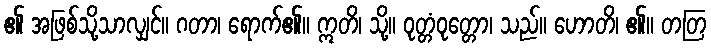
၏ အဖြစ်သို့သာလျှင်။ ဂတာ၊ ရောက်၏။ ဣတိ၊ သို့။ ဝုတ္တံဝုတ္တော၊ သည်။ ဟောတိ၊ ၏။ တတြ